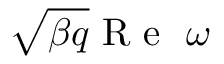
\sqrt { \beta q } \mathrm { ~ R ~ e ~ } ~ \omega